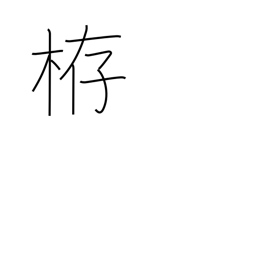
Meaning: weir